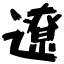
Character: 遼